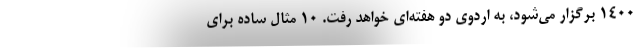
۱۴۰۰ برگزار می‌شود، به اردوی دو هفته‌ای خواهد رفت. 10 مثال ساده برای